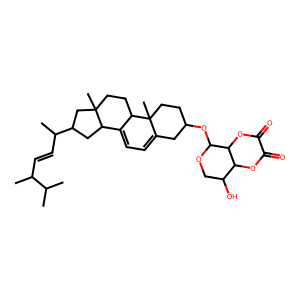
SMILES: CC(C)C(C)C=CC(C)C1CC2C3=CC=C4CC(OC5OCC(O)C6OC(=O)C(=O)OC56)CCC4(C)C3CCC2(C)C1
Inhibits HIV replication: No